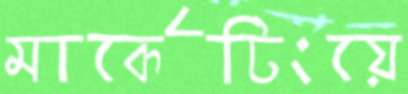
মার্কেটিংয়ে